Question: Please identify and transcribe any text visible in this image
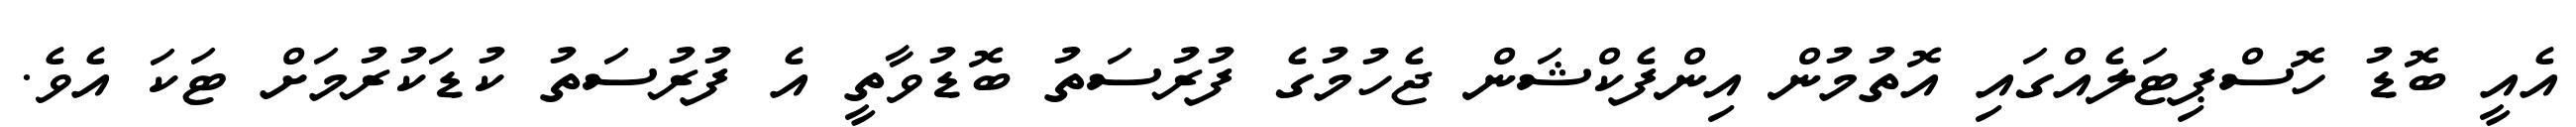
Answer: އެއީ ބޮޑު ހޮސްޕިޓަލެއްގައި އޮތުމުން އިންފެކްޝަން ޖެހުމުގެ ފުރުސަތު ބޮޑުވާތީ އެ ފުރުސަތު ކުޑަކުރުމަށް ޓަކަ އެވެ.